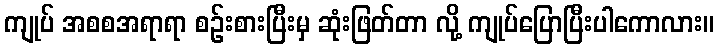
ကျုပ် အစစအရာရာ စဉ်းစားပြီးမှ ဆုံးဖြတ်တာ လို့ ကျုပ်ပြောပြီးပါကောလား။